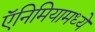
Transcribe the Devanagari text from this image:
ऍनिमियामध्ये